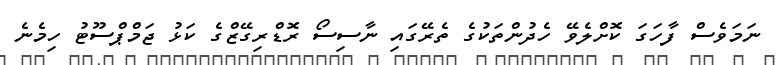
ނަމަވެސް ފާހަގަ ކޮށްލެވޭ ހެދުންތަކުގެ ތެރޭގައި ނާސިސޯ ރޮޑްރިގޭޒްގެ ކަޅު ޖަމްޕްސޫޓު ހިމެނެ